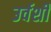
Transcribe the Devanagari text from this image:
उर्वर्शी